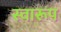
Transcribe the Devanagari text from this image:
स्वारूप